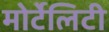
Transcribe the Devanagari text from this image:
मोर्टेलिटी